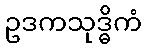
ဥဒကသုဒ္ဓိကံ